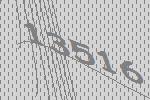
13516